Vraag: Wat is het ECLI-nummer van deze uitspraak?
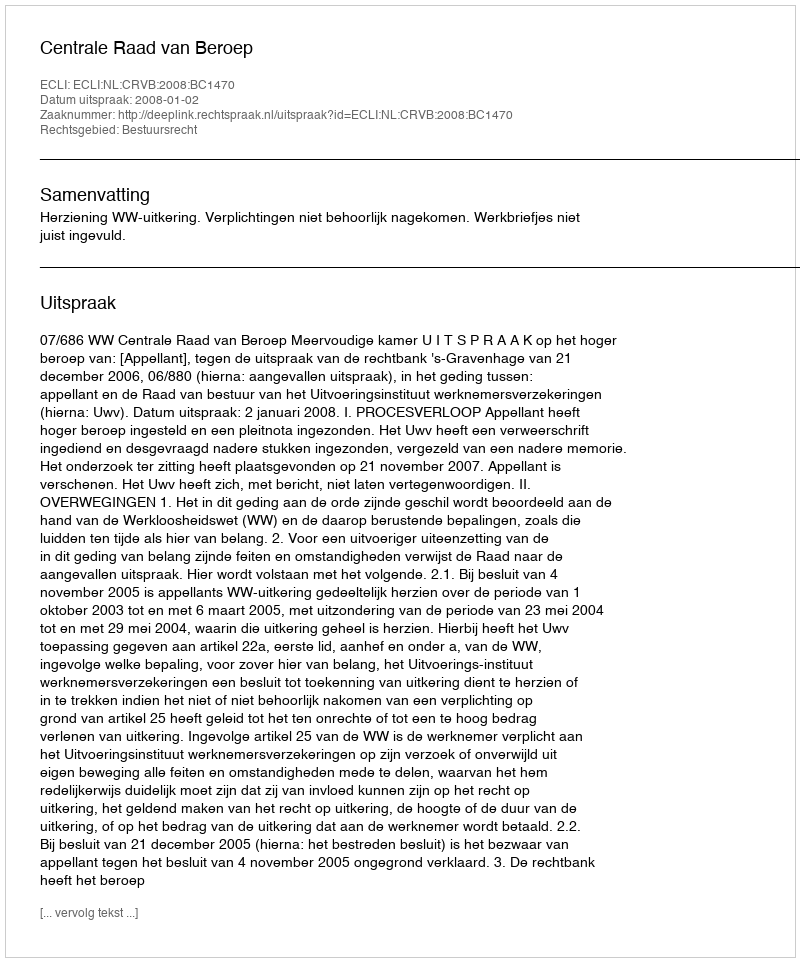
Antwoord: ECLI:NL:CRVB:2008:BC1470